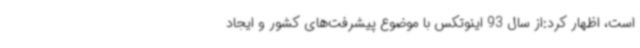
است، اظهار کرد:از سال 93 اینوتکس با موضوع پیشرفت‌های کشور و ایجاد